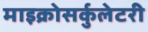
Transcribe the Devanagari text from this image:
माइक्रोसर्कुलेटरी